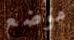
موضع